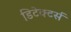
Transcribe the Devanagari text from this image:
डिटेक्टर्स